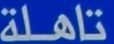
تاهلة